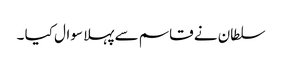
سلطان نے قاسم سے پہلا سوال کیا ۔